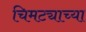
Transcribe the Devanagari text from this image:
चिमट्याच्या